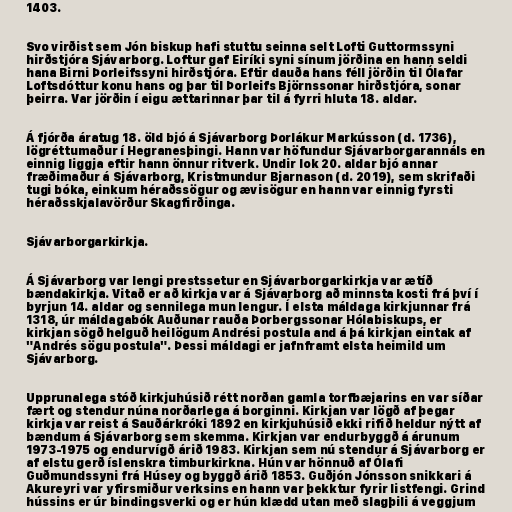
1403.

Svo virðist sem Jón biskup hafi stuttu seinna selt Lofti Guttormssyni
hirðstjóra Sjávarborg. Loftur gaf Eiríki syni sínum jörðina en hann seldi
hana Birni Þorleifssyni hirðstjóra. Eftir dauða hans féll jörðin til Ólafar
Loftsdóttur konu hans og þar til Þorleifs Björnssonar hirðstjóra, sonar
þeirra. Var jörðin í eigu ættarinnar þar til á fyrri hluta 18. aldar.

Á fjórða áratug 18. öld bjó á Sjávarborg Þorlákur Markússon (d. 1736),
lögréttumaður í Hegranesþingi. Hann var höfundur Sjávarborgarannáls en
einnig liggja eftir hann önnur ritverk. Undir lok 20. aldar bjó annar
fræðimaður á Sjávarborg, Kristmundur Bjarnason (d. 2019), sem skrifaði
tugi bóka, einkum héraðssögur og ævisögur en hann var einnig fyrsti
héraðsskjalavörður Skagfirðinga.

Sjávarborgarkirkja.

Á Sjávarborg var lengi prestssetur en Sjávarborgarkirkja var ætíð
bændakirkja. Vitað er að kirkja var á Sjávarborg að minnsta kosti frá því í
byrjun 14. aldar og sennilega mun lengur. Í elsta máldaga kirkjunnar frá
1318, úr máldagabók Auðunar rauða Þorbergssonar Hólabiskups, er
kirkjan sögð helguð heilögum Andrési postula and á þá kirkjan eintak af
"Andrés sögu postula". Þessi máldagi er jafnframt elsta heimild um
Sjávarborg.

Upprunalega stóð kirkjuhúsið rétt norðan gamla torfbæjarins en var síðar
fært og stendur núna norðarlega á borginni. Kirkjan var lögð af þegar
kirkja var reist á Sauðárkróki 1892 en kirkjuhúsið ekki rifið heldur nýtt af
bændum á Sjávarborg sem skemma. Kirkjan var endurbyggð á árunum
1973-1975 og endurvígð árið 1983. Kirkjan sem nú stendur á Sjávarborg er
af elstu gerð íslenskra timburkirkna. Hún var hönnuð af Ólafi
Guðmundssyni frá Húsey og byggð árið 1853. Guðjón Jónsson snikkari á
Akureyri var yfirsmiður verksins en hann var þekktur fyrir listfengi. Grind
hússins er úr bindingsverki og er hún klædd utan með slagþili á veggjum